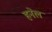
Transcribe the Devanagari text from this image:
हनेल